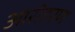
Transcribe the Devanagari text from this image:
आरोहरण